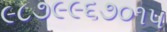
૯૮૭૯૯૬૭૦૧૫